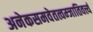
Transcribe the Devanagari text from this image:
अनेकसमवेतत्वम्जातिवर्त्त्य